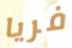
فريا